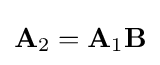
\mathbf {A} _{2}=\mathbf {A} _{1}\mathbf {B}